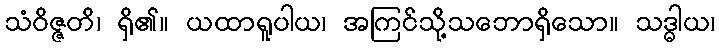
သံဝိဇ္ဇတိ၊ ရှိ၏။ ယထာရူပါယ၊ အကြင်သို့သဘောရှိသော။ သဒ္ဓါယ၊